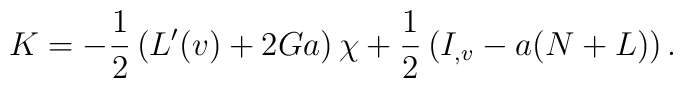
K=-\frac{1}{2}\left(L'(v)+2Ga\right)\chi+\frac{1}{2}\left(I_{,v}-a(N+L)\right).